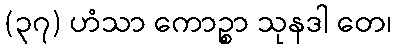
(၃၇) ဟံသာ ကောဉ္စာ သုနဒါ တေ၊